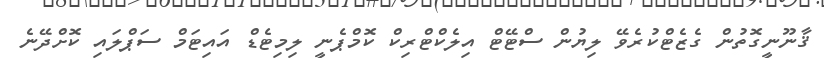
ޤާނޫނީގޮތުން ގެޒެޓްކުރެވޭ ލިޔުން ސްޓޭޓް އިލެކްޓްރިކް ކޮމްޕެނީ ލިމިޓެޑް އައިޓަމް ސަޕްލައި ކޮށްދޭނެ